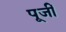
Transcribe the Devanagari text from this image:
पूजीं